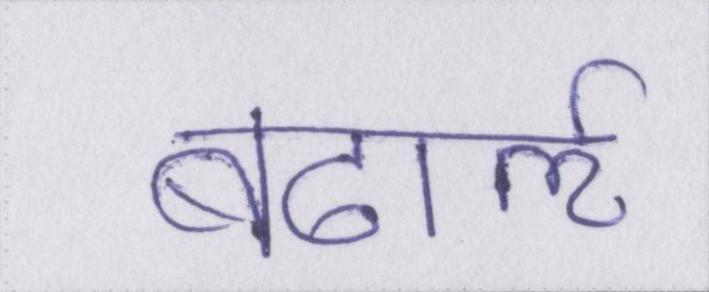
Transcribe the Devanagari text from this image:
बढार्ऌ